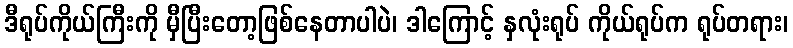
ဒီရုပ်ကိုယ်ကြီးကို မှီပြီးတော့ဖြစ်နေတာပါပဲ၊ ဒါကြောင့် နှလုံးရုပ် ကိုယ်ရုပ်က ရုပ်တရား၊